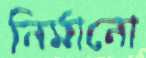
নির্মানো